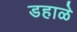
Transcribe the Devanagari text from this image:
डहाळे